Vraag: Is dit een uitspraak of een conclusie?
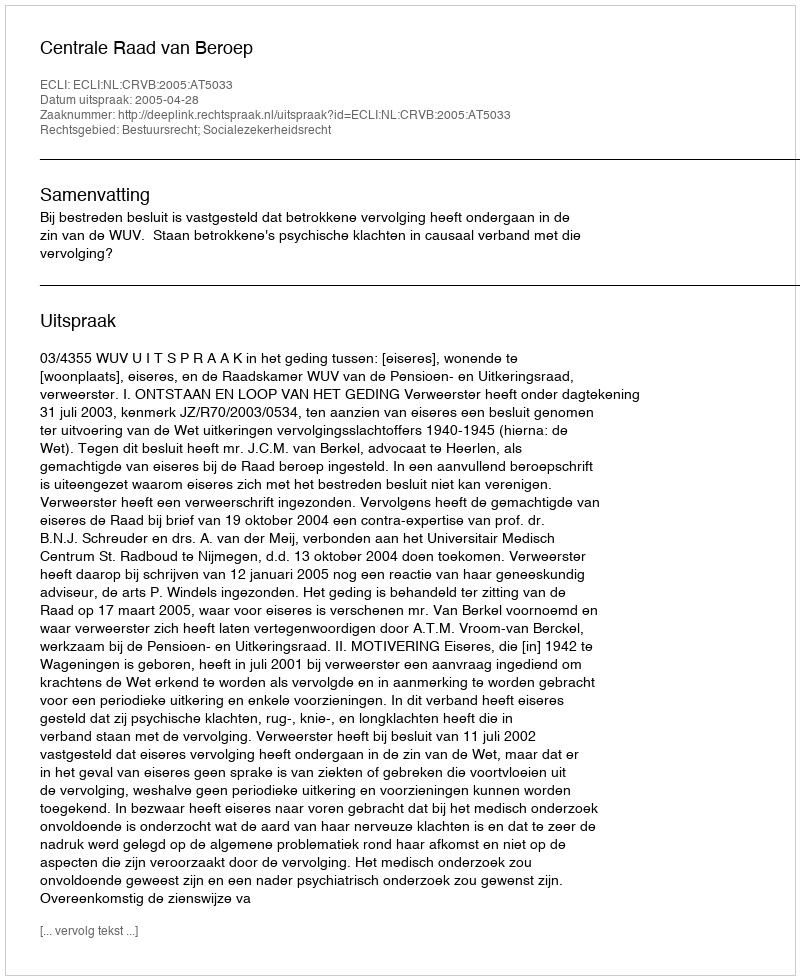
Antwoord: Uitspraak